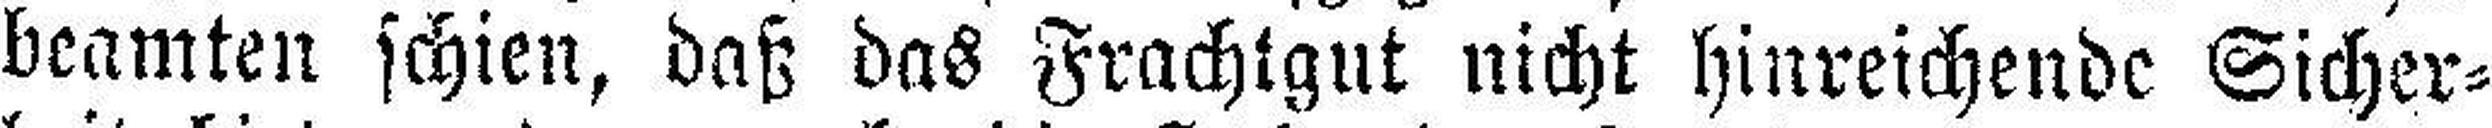
beamten schien, daß das Frachtgut nicht hinreichende Sicher¬